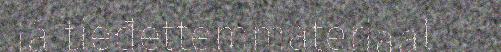
já tieđettemmateriaal